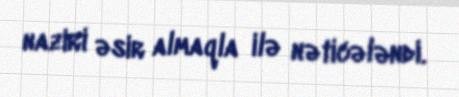
naziri əsir almaqla ilə nəticələndi.